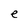
Character: e